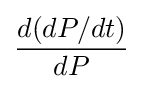
{\frac {d(dP/dt)}{dP}}